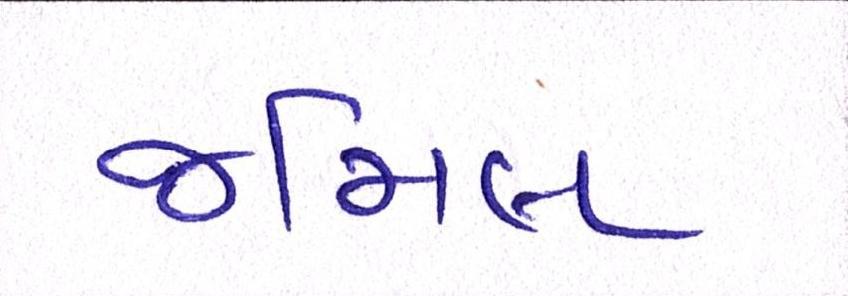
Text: જમિલ